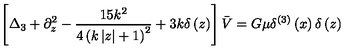
\left[ \Delta _ { 3 } + \partial _ { z } ^ { 2 } - \frac { 1 5 k ^ { 2 } } { 4 \left( k \left| z \right| + 1 \right) ^ { 2 } } + 3 k \delta \left( z \right) \right] \bar { V } = G \mu \delta ^ { ( 3 ) } \left( x \right) \delta \left( z \right)